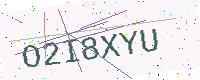
Text: O2I8XYU